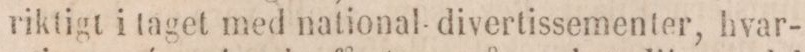
riktigt i taget med national-divertissementer, hvar-